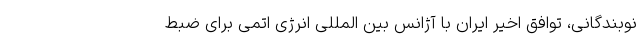
نوبندگانی، توافق اخیر ایران با آژانس بین المللی انرژی اتمی برای ضبط